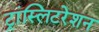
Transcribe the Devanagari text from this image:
ट्रांस्लिटरेशन